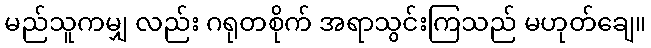
မည်သူကမျှ လည်း ဂရုတစိုက် အရာသွင်းကြသည် မဟုတ်ချေ။